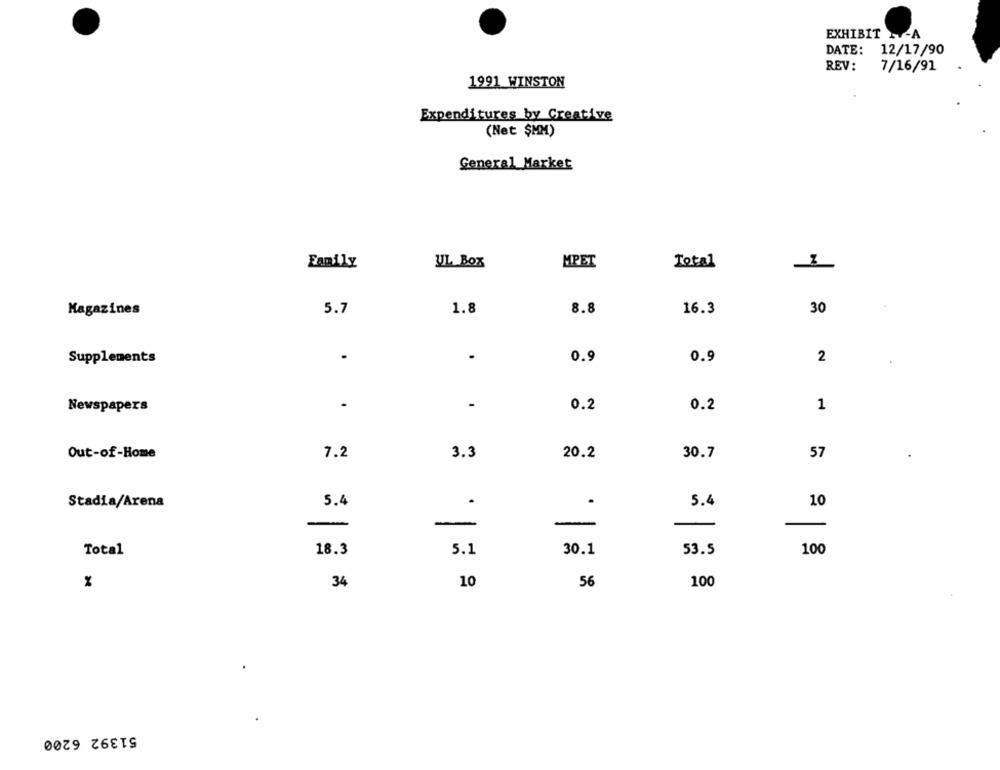
EXHIBIT
DATE:
12/17/90
REV:
7/16/91
1991 WINSTON
Expenditures by Creative
(Net $MM)
General Market
MPET
Family
UL Box
Total
30
Magazines
5.7
1.8
8.8
16.3
Supplements
.
.
0.9
0.9
2
Newspapers
-
-
0.2
0.2
1
Out-of-Home
7.2
3.3
20.2
30.7
57
.
Stadia/Arena
5.4
5.4
10
-
-
-
Total
18.3
5.1
30.1
53.5
100
34
10
56
100
51392 6200